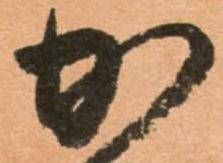
加